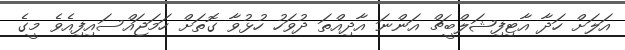
އަލަށް ހަދާ އާޓިފިޝަލްބީޗް އަންނަ އާދިއްތަ ދުވަހު ހުޅުވާ ގޮތަށް ހަމަޖައްސައިފިއެވެ މީގެ